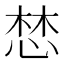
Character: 𢛓